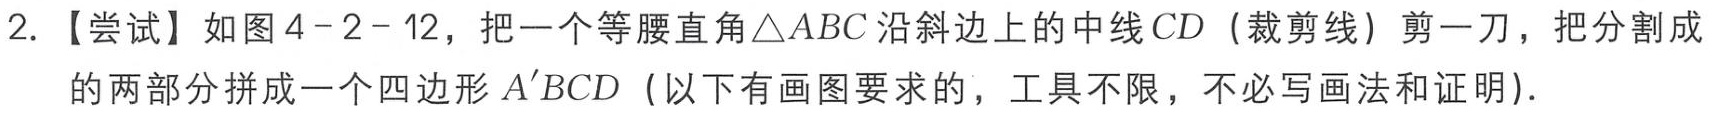
2. 【尝试】如图4 - 2 - 12，把一个等腰直角$\triangle ABC$沿斜边上的中线$CD$（裁剪线）剪一刀，把分割成的两部分拼成一个四边形$A'BCD$（以下有画图要求的，工具不限，不必写画法和证明）.